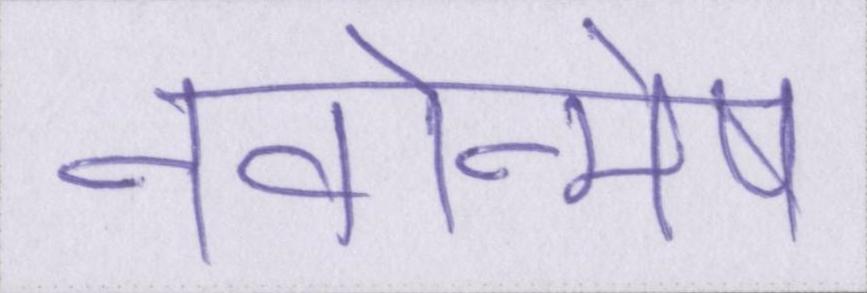
नवोन्मेष